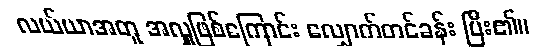
လယ်ယာအတူ အလှူဖြစ်ကြောင်း လျှောက်တင်ခန်း ပြီး၏။